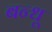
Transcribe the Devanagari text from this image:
बन्धू